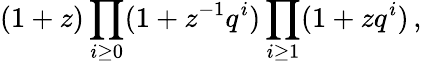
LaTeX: (1+z)\prod_{i\geq 0}(1+z^{-1}q^{i})\prod_{i\geq 1}(1+zq^{i})\, ,